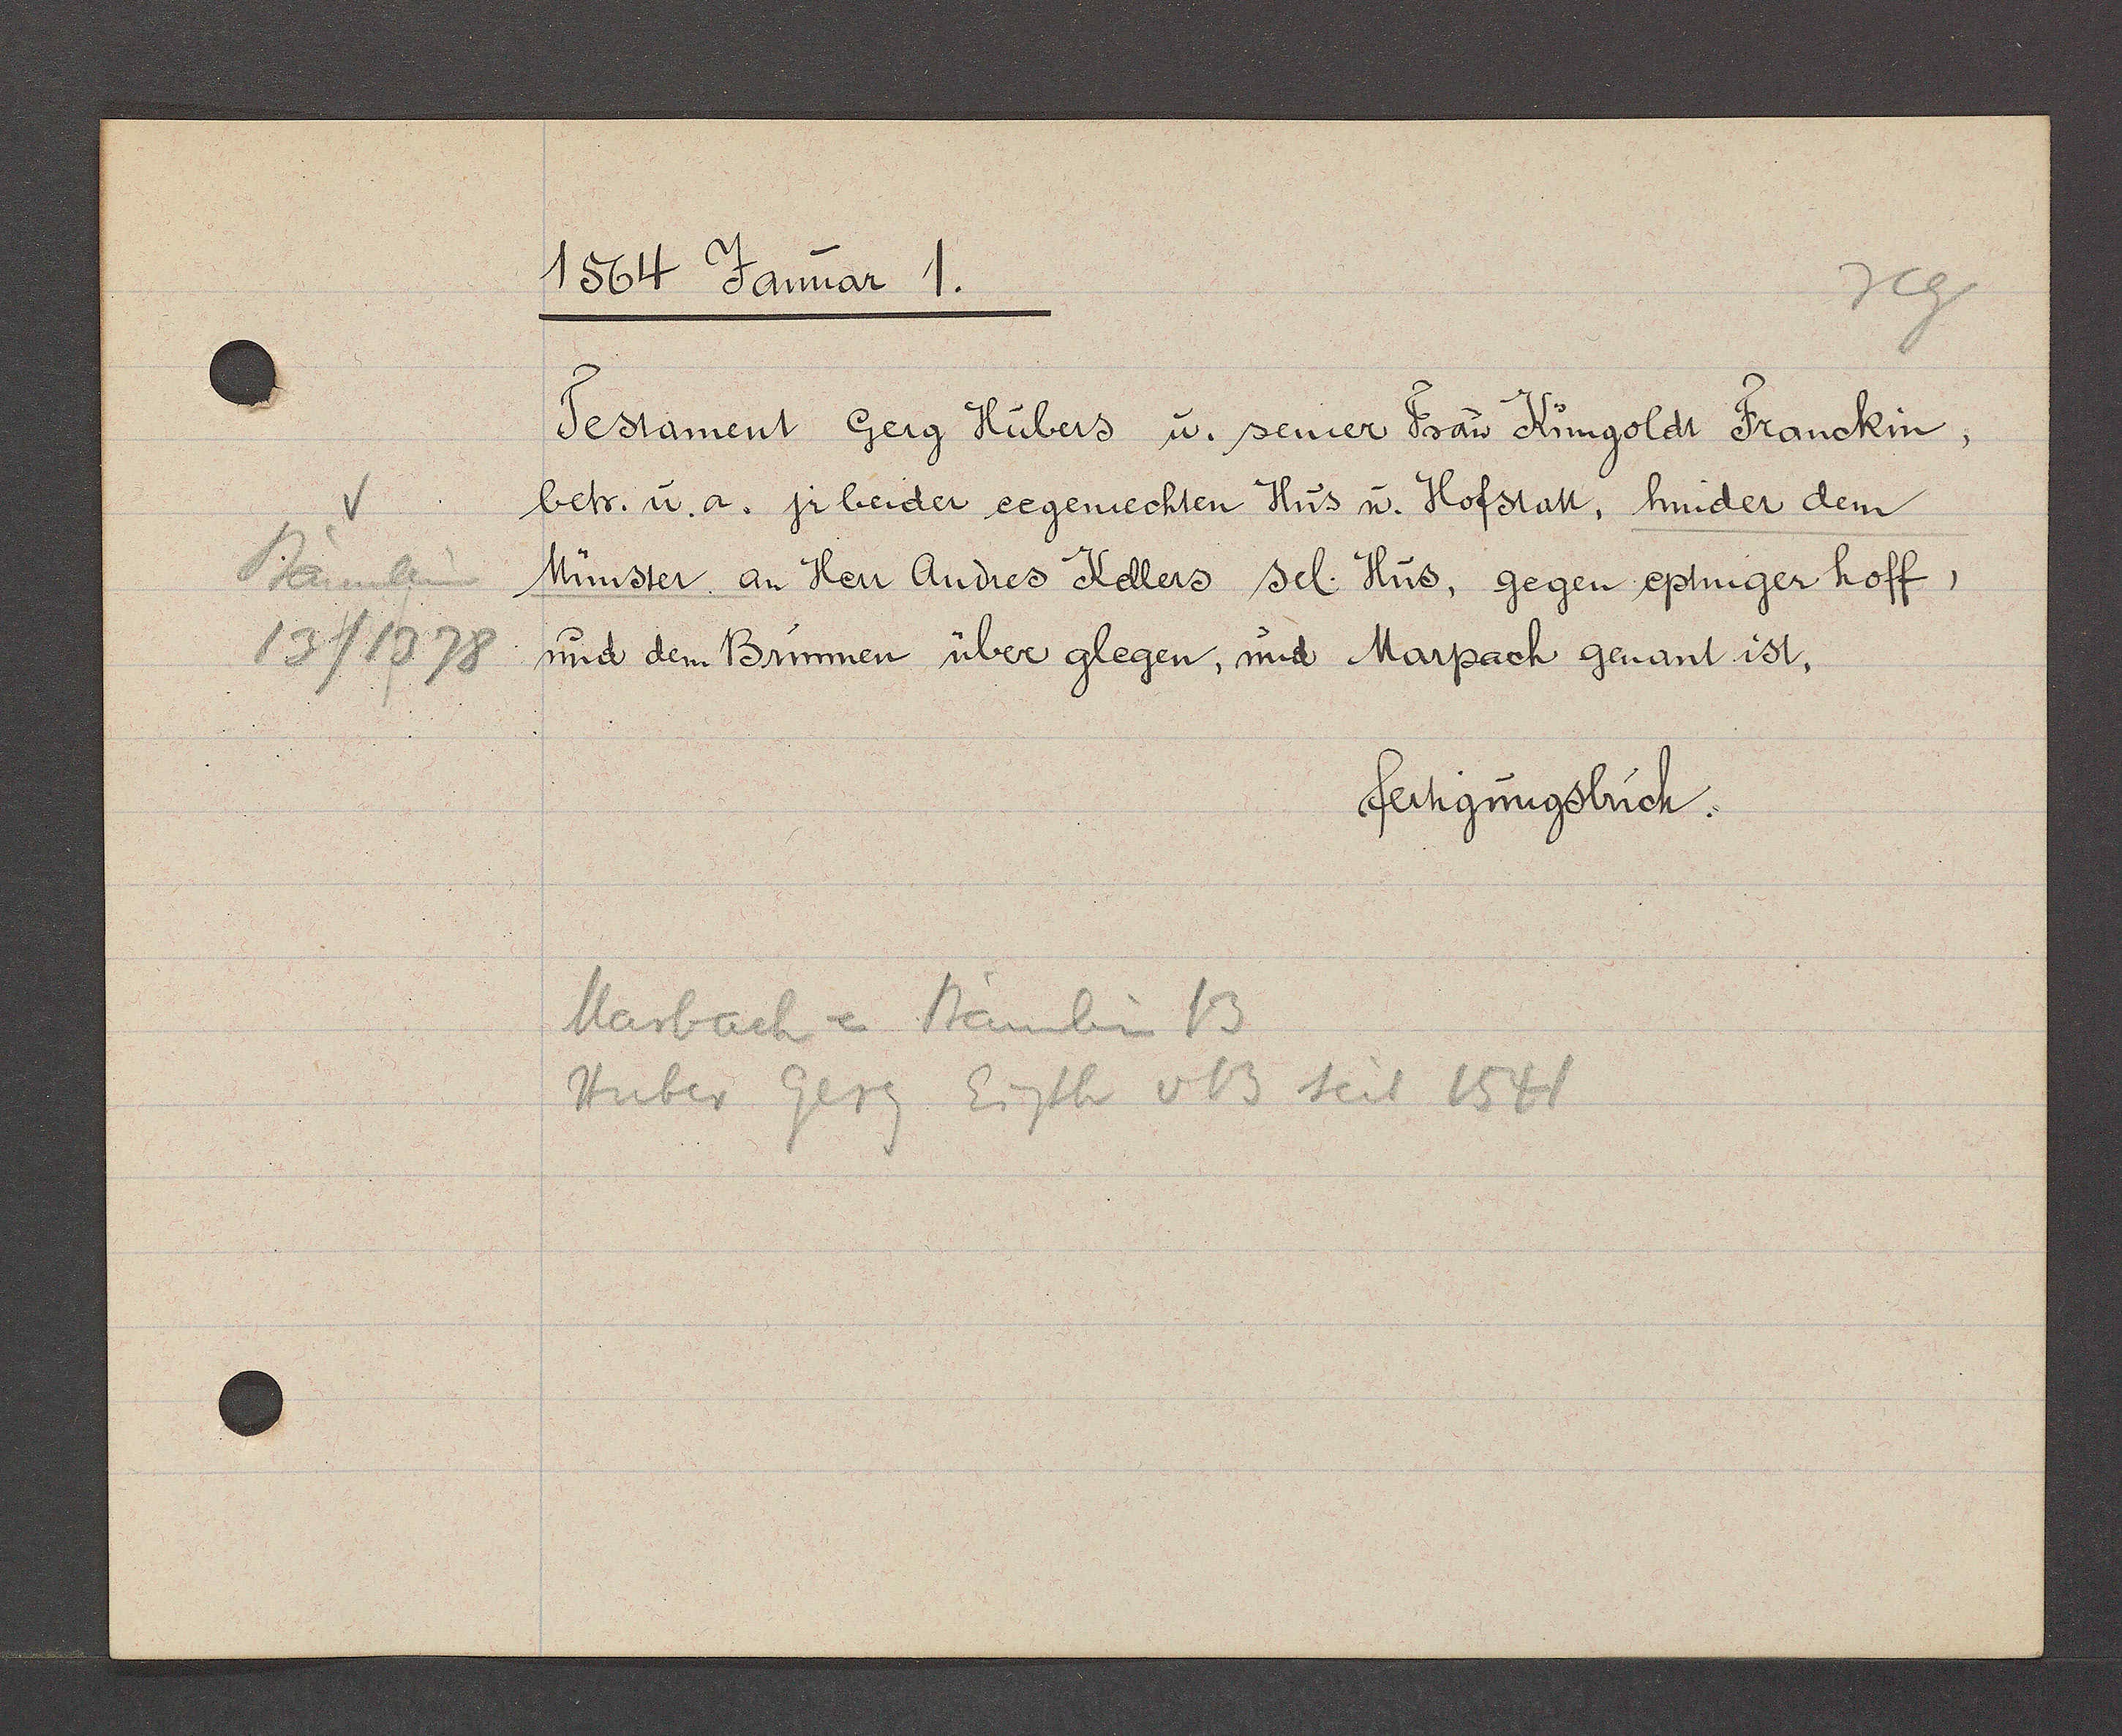
Transcript:
Bäumlein
13/1378

1564 Januar 1.

Testament Gerg Hübers u. seiner Frau Kimgoldt Franckin
betr. u. a. jr beider eegemechten Hus u. Hofstatt, hinder dem
Münster, an Herr Andres Kellers sel. Hus, gegen eptinger hoff,
und dem Brunnen über glegen, und Marpach genant ist.

fertigungsbuch.

Marbach = Bäumlein 13
Huber Gerg Eigth v 13 seit 1544